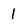
Character: l